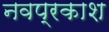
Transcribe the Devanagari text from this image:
नवप्रकाश